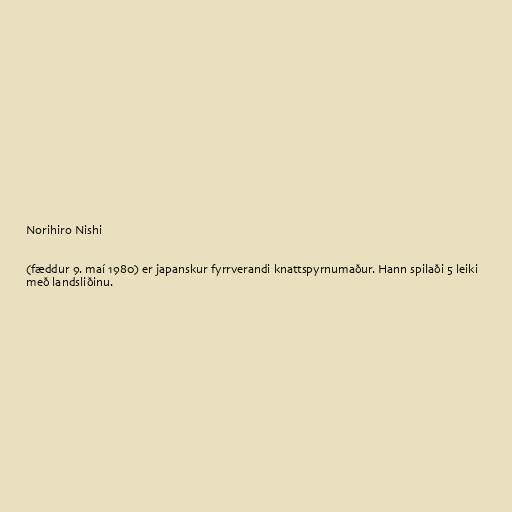
Norihiro Nishi

(fæddur 9. maí 1980) er japanskur fyrrverandi knattspyrnumaður. Hann spilaði 5 leiki
með landsliðinu.